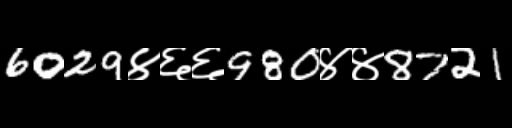
Text: 6029४६६980४४8721